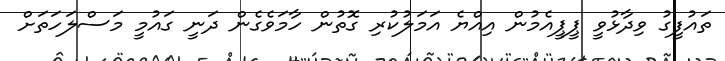
ތައުފީގު ވިދާޅުވީ ޕީޕީއެމުން އިއްޔެ އަމަލުކުރި ގޮތުން ހާމަވެގެން ދަނީ ގައުމީ މަސްލަހަތަށް